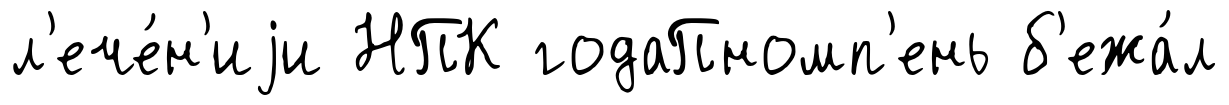
л'ече́н'иjи НПК годаПномп'ень б'ежа́л